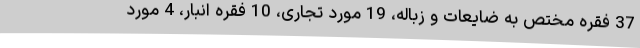
37 فقره مختص به ضایعات و زباله، 19 مورد تجاری، 10 فقره انبار، 4 مورد